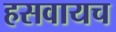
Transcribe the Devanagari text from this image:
हसवायच